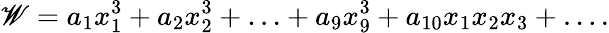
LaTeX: \mathscr{W}=a_{1}x_{1}^{3}+a_{2}x_{2}^{3}+\ldots+a_{9}x_{9}^{3}+a_{10}x_{1}x_{2}x_{3}+\ldots.